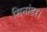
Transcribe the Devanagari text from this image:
मिनांडर।